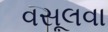
વસૂલવા